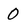
Character: 0